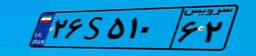
۲۶S۵۱۰۶۲